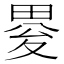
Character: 𤲋